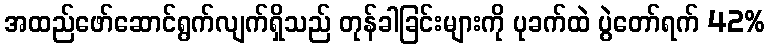
အထည်ဖော်ဆောင်ရွက်လျက်ရှိသည် တုန်ခါခြင်းများကို ပုခက်ထဲ ပွဲတော်ရက် 42%